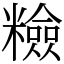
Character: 𥽋